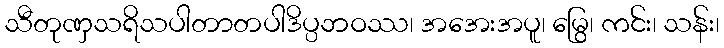
သီတုဏှသရိသပါတာတပါဒိပ္ပဘဝဿ၊ အအေးအပူ၊ မြွေ၊ ကင်း၊ သန်း၊